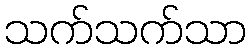
သက်သက်သာ